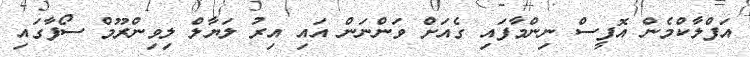
އަފްލާކްމެން އޮފީސް ނިންމާފައި ގެއަށް ވަންނަން އައި އިރު ލަޔާލް ލިވިންރޫމް ސޯފާގައި